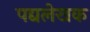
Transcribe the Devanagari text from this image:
पद्यलेखक